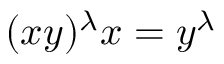
( x y ) ^ { \lambda } x = y ^ { \lambda }